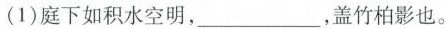
(1)庭下如积水空明，___ ，盖竹柏影也。